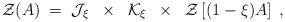
LaTeX: \begin{align*}{\mathcal Z}(A) \;=\; {\mathcal J}_\xi \;\;\times\;\; {\mathcal K}_\xi \;\;\times\;\; {\mathcal Z}\left[ (1-\xi) A \right]\;,\end{align*}